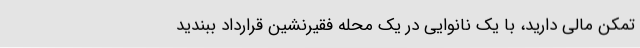
تمکن مالی دارید، با یک نانوایی در یک محله فقیرنشین قرارداد ببندید